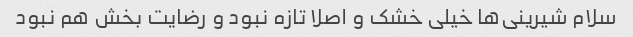
سلام شیرینی‌ها خیلی خشک و اصلا تازه نبود و رضایت بخش هم نبود